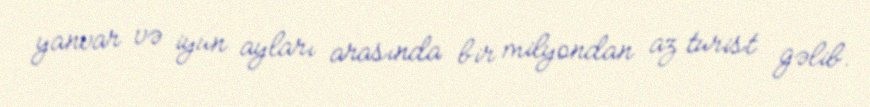
yanvar və iyun ayları arasında bir milyondan az turist gəlib.